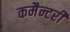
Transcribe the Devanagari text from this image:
कमैन्टरी